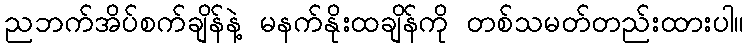
ညဘက်အိပ်စက်ချိန်နဲ့ မနက်နိုးထချိန်ကို တစ်သမတ်တည်းထားပါ။